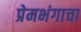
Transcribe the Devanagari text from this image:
प्रेमभंगाचा